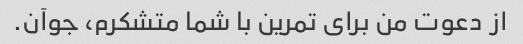
از دعوت من برای تمرین با شما متشکرم، جوآن.